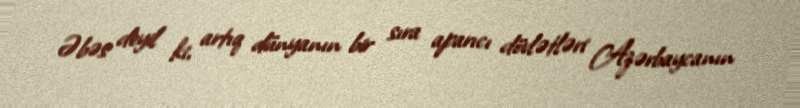
Əbəs deyil ki, artıq dünyanın bir sıra aparıcı dövlətləri Azərbaycanın